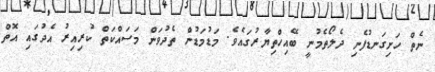
ނެތް ހަށިގަނޑުފެނި ދެލޯތެމުނީ ބޭއިހްތިޔާރުގައެވެ. މަޑުމަޑުން ތެދުވަން މަސައްކަތް ކުރިއިރު އެދުގައި އޮތް